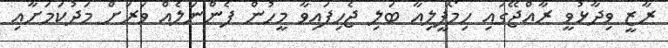
ރާޒީ ވިދާޅުވީ ރާއްޖޭގައި ހިމޯފީލިއާ ބަލި ޖެހިފައިވާ މީހުން ފެންނަލެއް ވަރަށް މަދުކަމަށާއި